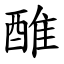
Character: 醀